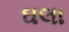
ઘલા